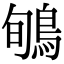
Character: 𪀽